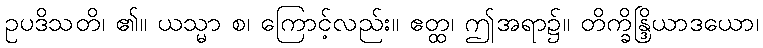
ဥပဒိသတိ၊ ၏။ ယသ္မာ စ၊ ကြောင့်လည်း။ ဧတ္ထ၊ ဤအရာ၌။ တိက္ခိန္ဒြိယာဒယော၊